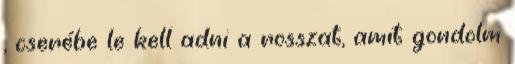
, cserébe le kell adni a rosszat, amit gondolm